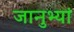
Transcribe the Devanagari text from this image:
जानुभ्यां